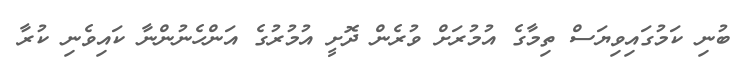
ބުނި ކަމުގައިވިޔަސް ތިމާގެ އުމުރަށް ވުރެން ދޮށީ އުމުރުގެ އަންހެނުންނާ ކައިވެނި ކުރާ